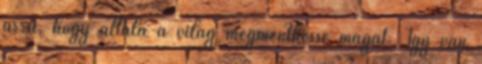
arra, hogy általa a világ megmenthesse magát. Így van